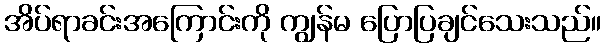
အိပ်ရာခင်းအကြောင်းကို ကျွန်မ ပြောပြချင်သေးသည်။